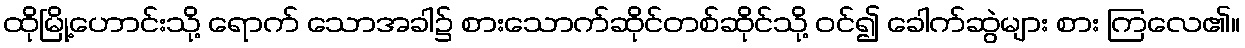
ထိုမြို့ဟောင်းသို့ ရောက် သောအခါ၌ စားသောက်ဆိုင်တစ်ဆိုင်သို့ ဝင်၍ ခေါက်ဆွဲများ စား ကြလေ၏။